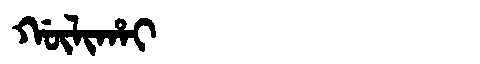
Manchu: ᡤᡡᠯᡳᡥᠠᡳ
Romanization: GŪLIHAI